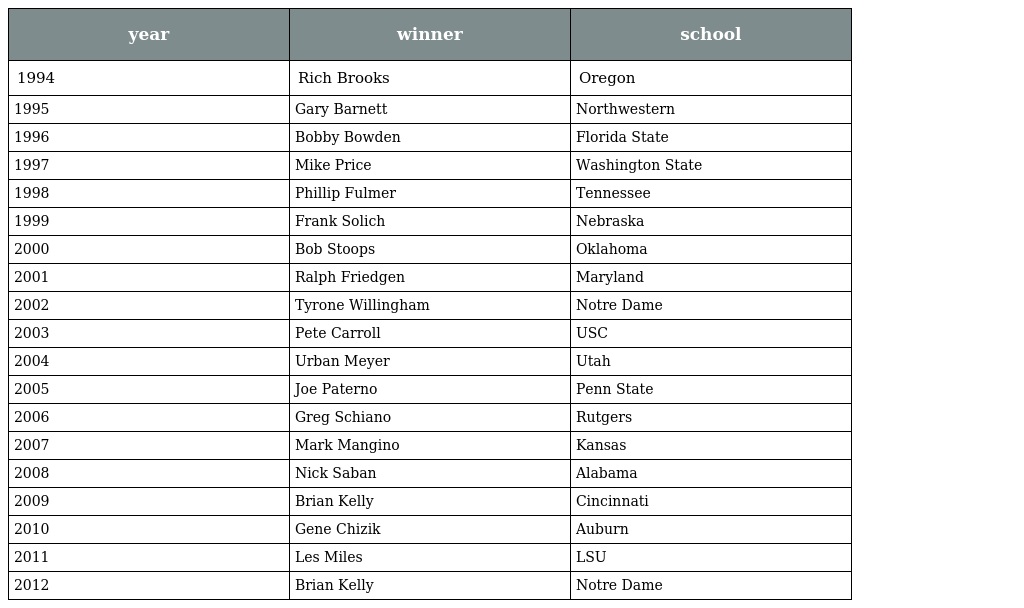
| year | winner | school |
 | --- | --- | --- |
 | 1994 | Rich Brooks | Oregon |
 | 1995 | Gary Barnett | Northwestern |
 | 1996 | Bobby Bowden | Florida State |
 | 1997 | Mike Price | Washington State |
 | 1998 | Phillip Fulmer | Tennessee |
 | 1999 | Frank Solich | Nebraska |
 | 2000 | Bob Stoops | Oklahoma |
 | 2001 | Ralph Friedgen | Maryland |
 | 2002 | Tyrone Willingham | Notre Dame |
 | 2003 | Pete Carroll | USC |
 | 2004 | Urban Meyer | Utah |
 | 2005 | Joe Paterno | Penn State |
 | 2006 | Greg Schiano | Rutgers |
 | 2007 | Mark Mangino | Kansas |
 | 2008 | Nick Saban | Alabama |
 | 2009 | Brian Kelly | Cincinnati |
 | 2010 | Gene Chizik | Auburn |
 | 2011 | Les Miles | LSU |
 | 2012 | Brian Kelly | Notre Dame |